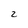
Character: 2